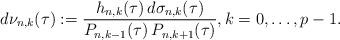
LaTeX: \begin{align*}d\nu_{n,k}(\tau):=\frac{h_{n,k}(\tau)\,d\sigma_{n,k}(\tau)}{P_{n,k-1}(\tau)\,P_{n,k+1}(\tau)},k=0,\ldots,p-1.\end{align*}